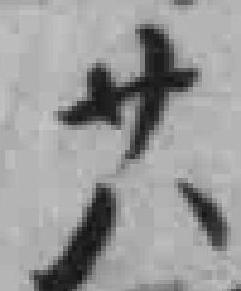
卄六